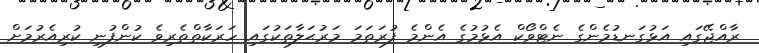
ރާއްޖޭގައި އަޅުގަނޑުމެންގެ ނެޓްވޯކް އެޅުމުގެ އެންމެ ފުރަތަމަ މަރުޙަލާތަކުގައި ހަރަކާތްތެރިވެ ކުންފުނި ކުރިއެރުމަށް